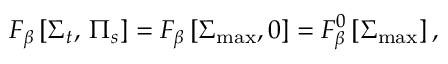
F _ { \beta } \left[ \Sigma _ { t } , \, \Pi _ { s } \right] = F _ { \beta } \left[ \Sigma _ { \operatorname * { m a x } } , 0 \right] = F _ { \beta } ^ { 0 } \left[ \Sigma _ { \operatorname * { m a x } } \right] ,